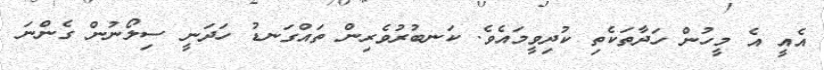
އެއީ އެ މީހުން ހަދާތަކެތި ކުދިވީމައެވެ. ކަނބުރުވެރިން ތައްގަނޑު ހަދަނީ ސިލޯނުން ގެންނަ